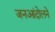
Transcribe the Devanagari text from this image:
जनआंदोलने